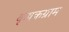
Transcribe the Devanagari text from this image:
कृषकग्राम